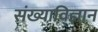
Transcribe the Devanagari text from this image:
संख्याविज्ञान